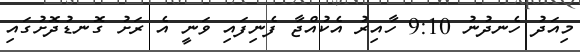
މިއަދު ހެނދުނު 9:10 ހާއިރު އެކުއްޖާ ފެނިފައި ވަނީ އެ ރަށު ގޮނޑުދޮށުގައި